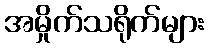
အမှိုက်သရိုက်များ